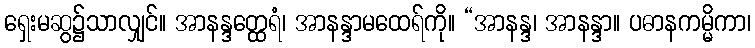
ရှေးမဆွ၌သာလျှင်။ အာနန္ဒတ္ထေရံ၊ အာနန္ဒာမထေရ်ကို။ “အာနန္ဒ၊ အာနန္ဒာ။ ပဓာနကမ္မိကာ၊